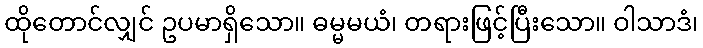
ထိုတောင်လျှင် ဥပမာရှိသော။ ဓမ္မမယံ၊ တရားဖြင့်ပြီးသော။ ဝါသာဒံ၊